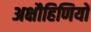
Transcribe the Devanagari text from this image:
अक्षौहिणियों